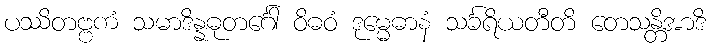
ပဿိတဗ္ဗကံ သမာဒိန္နဓုတင်္ဂေါ ဝိဓဝံ ဒုမ္မေဓာနံ သင်္ခရိယတီတိ တေသန္တိအာဒိ